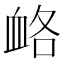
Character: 衉